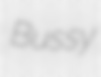
Bussy